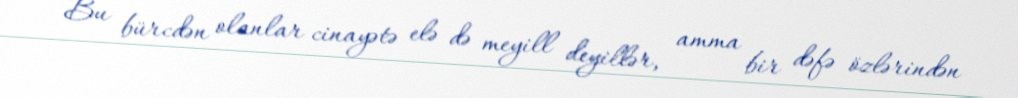
Bu bürcdən olanlar cinayətə elə də meyill deyillər, amma bir dəfə özlərindən